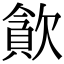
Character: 𣤉